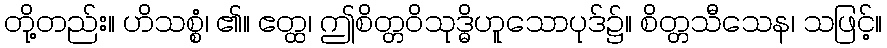
တို့တည်း။ ဟိသစ္စံ၊ ၏။ ဧတ္ထ၊ ဤစိတ္တဝိသုဒ္ဓိဟူသောပုဒ်၌။ စိတ္တသီသေန၊ သဖြင့်။